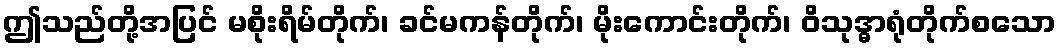
ဤသည်တို့အပြင် မစိုးရိမ်တိုက်၊ ခင်မကန်တိုက်၊ မိုးကောင်းတိုက်၊ ဝိသုဒ္ဓာရုံတိုက်စသော